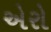
એરો